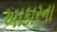
આકારના